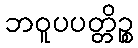
ဘဝူပပတ္တိဉ္စ